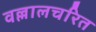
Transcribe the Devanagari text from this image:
वल्लालचरित